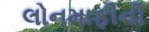
લોનમાફીની